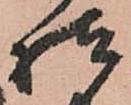
様